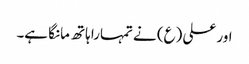
اور علی (ع) نے تمہارا ہاتھ مانگا ہے۔